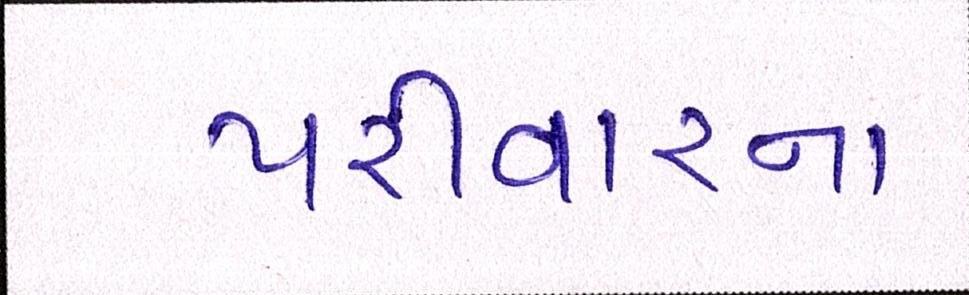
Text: પરીવારના